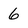
Character: 6